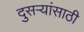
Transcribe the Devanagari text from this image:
दुसऱ्यांसाठी